Rangoon Lunatic Asylum 1878-1892 - 1878-1892
Year: 1878
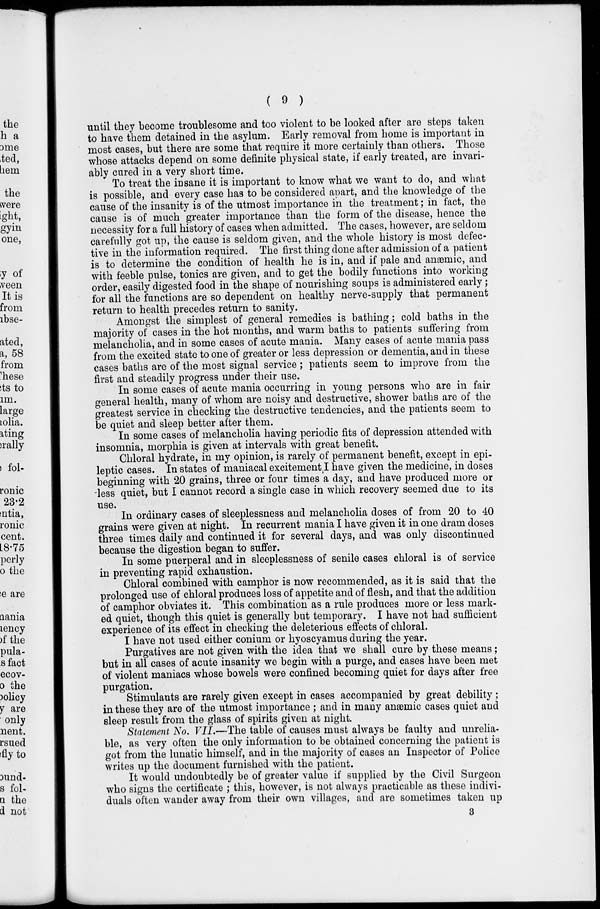
( 9 )
until they become troublesome and too violent to be looked after are steps taken
to have them detained in the asylum. Early removal from home is important in
most cases, but there are some that require it more certainly than others. Those
whose attacks depend on some definite physical state, if early treated, are invari-
ably cured in a very short time.
To treat the insane it is important to know what we want to do, and what
is possible, and every case has to be considered apart, and the knowledge of the
cause of the insanity is of the utmost importance in the treatment; in fact, the
cause is of much greater importance than the form of the disease, hence the
necessity for a full history of cases when admitted. The cases, however, are seldom
carefully got up, the cause is seldom given, and the whole history is most defec-
tive in the information required. The first thing done after admission of a patient
is to determine the condition of health he is in, and if pale and anæmic, and
with feeble pulse, tonics are given, and to get the bodily functions into working
order, easily digested food in the shape of nourishing soups is administered early;
for all the functions are so dependent on healthy nerve-supply that permanent
return to health precedes return to sanity.
Amongst the simplest of general remedies is bathing; cold baths in the
majority of cases in the hot months, and warm baths to patients suffering from
melancholia, and in some cases of acute mania. Many cases of acute mania pass
from the excited state to one of greater or less depression or dementia, and in these
cases baths are of the most signal service; patients seem to improve from the
first and steadily progress under their use.
In some cases of acute mania occurring in young persons who are in fair
general health, many of whom are noisy and destructive, shower baths are of the
greatest service in checking the destructive tendencies, and the patients seem to
be quiet and sleep better after them.
In some cases of melancholia having periodic fits of depression attended with
insomnia, morphia is given at intervals with great benefit.
Chloral hydrate, in my opinion, is rarely of permanent benefit, except in epi-
leptic cases. In states of maniacal excitement I have given the medicine, in doses
beginning with 20 grains, three or four times a day, and have produced more or
less quiet, but I cannot record a single case in which recovery seemed due to its
use.
In ordinary cases of sleeplessness and melancholia doses of from 20 to 40
grains were given at night. In recurrent mania I have given it in one dram doses
three times daily and continued it for several days, and was only discontinued
because the digestion began to suffer.
In some puerperal and in sleeplessness of senile cases chloral is of service
in preventing rapid exhaustion.
Chloral combined with camphor is now recommended, as it is said that the
prolonged use of chloral produces loss of appetite and of flesh, and that the addition
of camphor obviates it. This combination as a rule produces more or less mark-
ed quiet, though this quiet is generally but temporary. I have not had sufficient
experience of its effect in checking the deleterious effects of chloral.
I have not used either conium or hyoscyamus during the year.
Purgatives are not given with the idea that we shall cure by these means ;
but in all cases of acute insanity we begin with a purge, and cases have been met
of violent maniacs whose bowels were confined becoming quiet for days after free
purgation.
Stimulants are rarely given except in cases accompanied by great debility ;
in these they are of the utmost importance ; and in many anæmic cases quiet and
sleep result from the glass of spirits given at night.
Statement No. VII.—The table of causes must always be faulty and unrelia-
ble, as very often the only information to be obtained concerning the patient is
got from the lunatic himself, and in the majority of cases an Inspector of Police
writes up the document furnished with the patient.
It would undoubtedly be of greater value if supplied by the Civil Surgeon
who signs the certificate ; this, however, is not always practicable as these indivi-
duals often wander away from their own villages, and are sometimes taken up
3